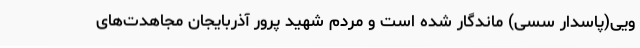
ویی(پاسدار سسی) ماندگار شده است و مردم شهید پرور آذربایجان مجاهدت‌های